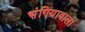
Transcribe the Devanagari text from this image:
भंगियावाला